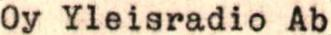
LH31